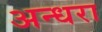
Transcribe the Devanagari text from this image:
अन्धरा